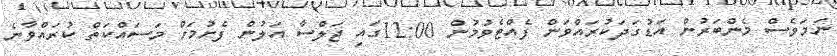
ނަމަވެސް މެންބަރުން އަޑުގަދަކުރައްވަން ފެއްޓެވުމުން 12:00ގައި ޖަލްސާ އަލުން ފެށުމަށް މަަސައްކަތް ކުރައްވާނެ